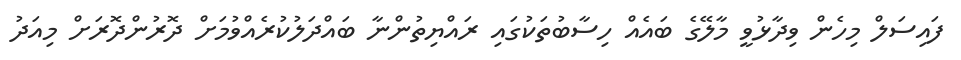
ފައިސަލް މިހެން ވިދާޅުވީ މާލޭގެ ބައެއް ހިސާބުތަކުގައި ރައްޔިތުންނާ ބައްދަލުކުރެއްވުމަށް ދޮރުންދޮރަށް މިއަދު